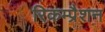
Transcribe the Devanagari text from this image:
रिकम्प्रैशन